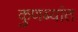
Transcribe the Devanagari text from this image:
कुणब्यांत